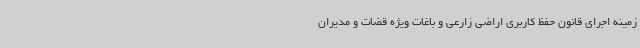
زمینه اجرای قانون حفظ کاربری اراضی زارعی و باغات ویژه قضات و مدیران